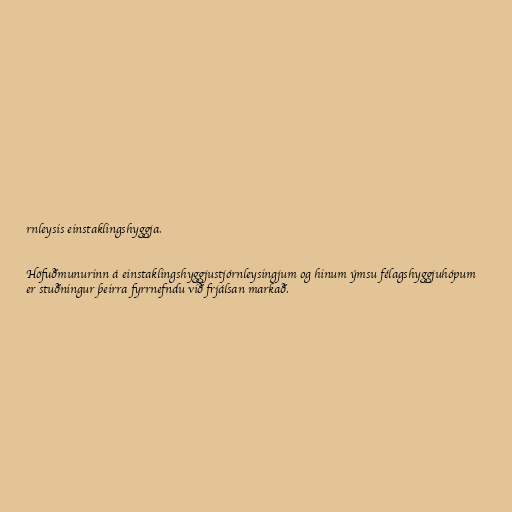
rnleysis einstaklingshyggja.

Höfuðmunurinn á einstaklingshyggjustjórnleysingjum og hinum ýmsu félagshyggjuhópum
er stuðningur þeirra fyrrnefndu við frjálsan markað.